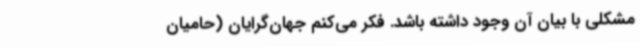
مشکلی با بیان آن وجود داشته باشد. فکر می‌کنم جهان‌گرایان (حامیان